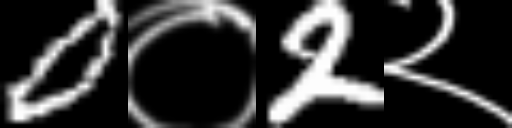
Text: 0०2२